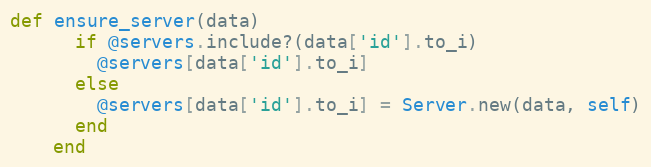
Language: Ruby
def ensure_server(data)
      if @servers.include?(data['id'].to_i)
        @servers[data['id'].to_i]
      else
        @servers[data['id'].to_i] = Server.new(data, self)
      end
    end